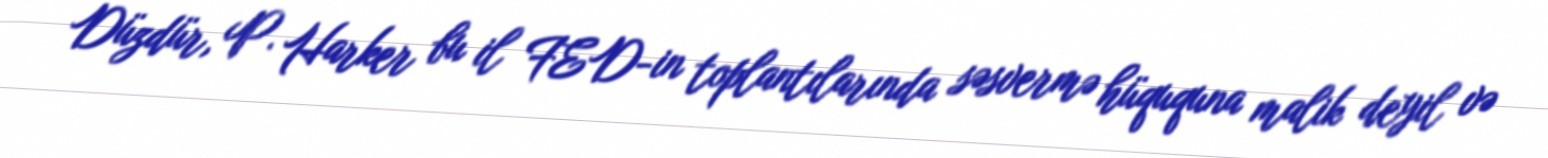
Düzdür, P. Harker bu il FED-in toplantılarında səsvermə hüququna malik deyil və